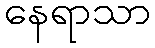
နေရာသာ